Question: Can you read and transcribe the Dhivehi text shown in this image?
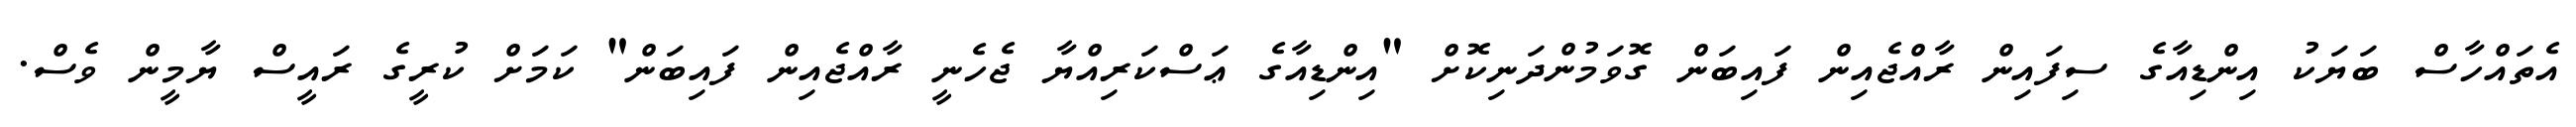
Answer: އެތައްހާސް ބަޔަކު އިންޑިއާގެ ސިފައިން ރާއްޖެއިން ފައިބަން ގޮވަމުންދަނިކޮށް "އިންޑިއާގެ ޢަސްކަރިއްޔާ ޖެހެނީ ރާއްޖެއިން ފައިބަން" ކަމަށް ކުރީގެ ރައީސް ޔާމީން ވެސް.